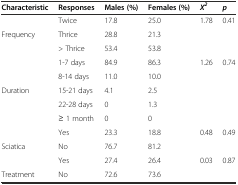
<table><thead><tr><td><b>Characteristic</b></td><td><b>Responses</b></td><td><b>Males (%)</b></td><td><b>Females (%)</b></td><td><b><i>Χ</i><sup><i>2</i></sup></b></td><td><b><i>p</i></b></td></tr></thead><tbody><tr><td></td><td>Twice</td><td>17.8</td><td>25.0</td><td>1.78</td><td>0.41</td></tr><tr><td>Frequency</td><td>Thrice</td><td>28.8</td><td>21.3</td><td></td><td></td></tr><tr><td></td><td>&gt; Thrice</td><td>53.4</td><td>53.8</td><td></td><td></td></tr><tr><td></td><td>1-7 days</td><td>84.9</td><td>86.3</td><td>1.26</td><td>0.74</td></tr><tr><td></td><td>8-14 days</td><td>11.0</td><td>10.0</td><td></td><td></td></tr><tr><td>Duration</td><td>15-21 days</td><td>4.1</td><td>2.5</td><td></td><td></td></tr><tr><td></td><td>22-28 days</td><td>0</td><td>1.3</td><td></td><td></td></tr><tr><td></td><td>≥ 1 month</td><td>0</td><td>0</td><td></td><td></td></tr><tr><td></td><td>Yes</td><td>23.3</td><td>18.8</td><td>0.48</td><td>0.49</td></tr><tr><td>Sciatica</td><td>No</td><td>76.7</td><td>81.2</td><td></td><td></td></tr><tr><td></td><td>Yes</td><td>27.4</td><td>26.4</td><td>0.03</td><td>0.87</td></tr><tr><td>Treatment</td><td>No</td><td>72.6</td><td>73.6</td><td></td><td></td></tr></tbody></table>